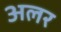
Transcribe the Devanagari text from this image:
अलर